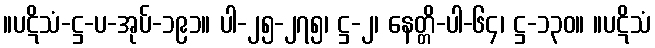
။ပဋိသံ-ဋ္ဌ-ပ-အုပ်-၁၉၁။ ပါ-၂၅-၂၇၅၊ ဋ္ဌ-၂၊ နေတ္တိ-ပါ-၆၄၊ ဋ္ဌ-၁၃၀။ ။ပဋိသံ